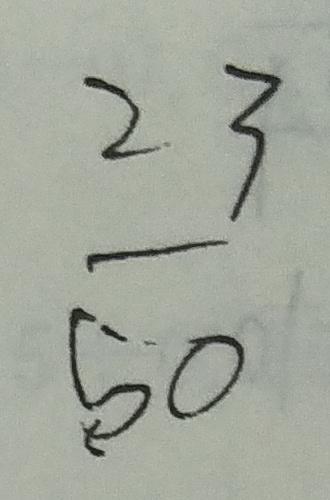
\frac { 2 3 } { 5 0 }